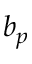
b _ { p }